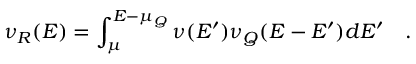
\nu _ { R } ( E ) = \int _ { \mu } ^ { E - \mu _ { Q } } \nu ( E ^ { \prime } ) \nu _ { Q } ( E - E ^ { \prime } ) d E ^ { \prime } ~ ~ ~ .